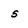
Character: 5